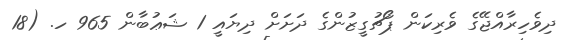
ދިވެހިރާއްޖޭގެ ވެރިކަން ޕޯޗުގީޒުންގެ ދަށަށް ދިޔައީ 1 ޝަޢުބާން 965 ހ. (18